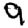
Digit: 9